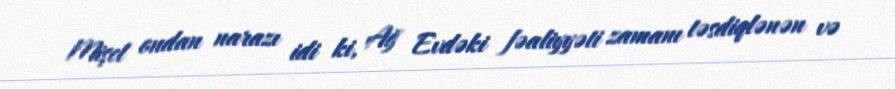
Mişel ondan narazı idi ki, Ağ Evdəki fəaliyyəti zamanı təsdiqlənən və